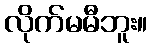
လိုက်မမီဘူး။